Report of the Indian Hemp Drugs Commission, 1894-1895 - Volume I
Year: 1894
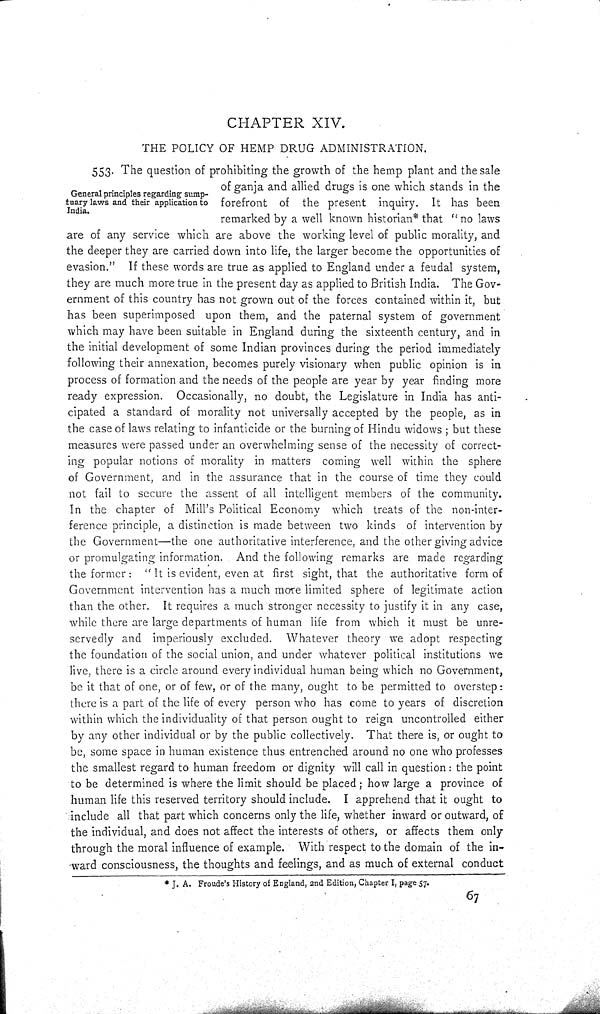
CHAPTER XIV.
THE POLICY OF HEMP DRUG ADMINISTRATION.
General principles regarding sump-
tuary laws and their application to
India.
553. The question of prohibiting the growth of the hemp plant and the sale
of ganja and allied drugs is one which stands in the
forefront of the present inquiry. It has been
remarked by a well known historian* that "no laws
are of any service which are above the working level of public morality, and
the deeper they are carried down into life, the larger become the opportunities of
evasion." If these words are true as applied to England under a feudal system,
they are much more true in the present day as applied to British India. The Gov-
ernment of this country has not grown out of the forces contained within it, but
has been superimposed upon them, and the paternal system of government
which may have been suitable in England during the sixteenth century, and in
the initial development of some Indian provinces during the period immediately
following their annexation, becomes purely visionary when public opinion is in
process of formation and the needs of the people are year by year finding more
ready expression. Occasionally, no doubt, the Legislature in India has anti-
cipated a standard of morality not universally accepted by the people, as in
the case of laws relating to infanticide or the burning of Hindu widows; but these
measures were passed under an overwhelming sense of the necessity of correct-
ing popular notions of morality in matters coming well within the sphere
of Government, and in the assurance that in the course of time they could
not fail to secure the assent of all intelligent members of the community.
In the chapter of Mill's Political Economy which treats of the non-inter-
ference principle, a distinction is made between two kinds of intervention by
the Government—the one authoritative interference, and the other giving advice
or promulgating information. And the following remarks are made regarding
the former: "It is evident, even at first sight, that the authoritative form of
Government intervention has a much more limited sphere of legitimate action
than the other. It requires a much stronger necessity to justify it in any case,
while there are large departments of human life from which it must be unre-
servedly and imperiously excluded. Whatever theory we adopt respecting
the foundation of the social union, and under whatever political institutions we
live, there is a circle around every individual human being which no Government,
be it that of one, or of few, or of the many, ought to be permitted to overstep:
there is a part of the life of every person who has come to years of discretion
within which the individuality of that person ought to reign uncontrolled either
by any other individual or by the public collectively. That there is, or ought to
be, some space in human existence thus entrenched around no one who professes
the smallest regard to human freedom or dignity will call in question: the point
to be determined is where the limit should be placed; how large a province of
human life this reserved territory should include. I apprehend that it ought to
include all that part which concerns only the life, whether inward or outward, of
the individual, and does not affect the interests of others, or affects them only
through the moral influence of example. With respect to the domain of the in-
ward consciousness, the thoughts and feelings, and as much of external conduct
*J. A. Froude's History of England, 2nd Edition, Chapter I, page 57.
67